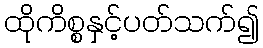
ထိုကိစ္စနှင့်ပတ်သက်၍